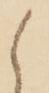
候